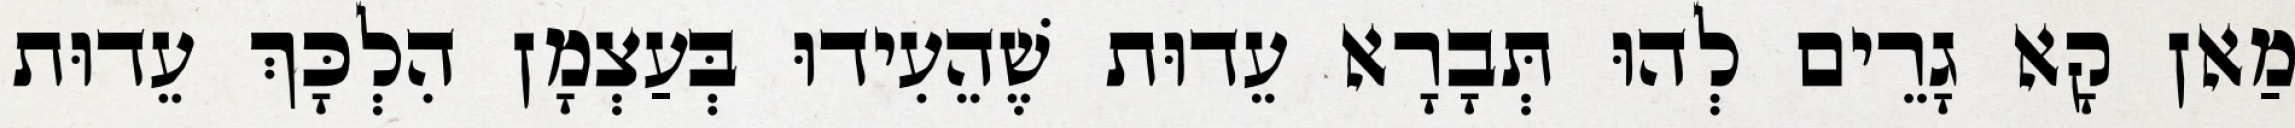
מַאן קָא גָרֵים לְהוּ תְּבָרָא עֵדוּת שֶׁהֵעִידוּ בְּעַצְמָן הִלְכָּךְ עֵדוּת